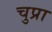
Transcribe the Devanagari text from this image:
चुप्रा